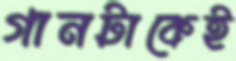
গানটাকেই